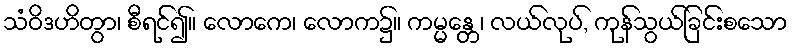
သံဝိဒဟိတွာ၊ စီရင်၍။ လောကေ၊ လောက၌။ ကမ္မန္တေ၊ လယ်လုပ်, ကုန်သွယ်ခြင်းစသော